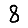
Digit: 8